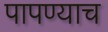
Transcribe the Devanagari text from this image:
पापण्याच